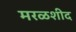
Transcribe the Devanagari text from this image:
मरळशीद